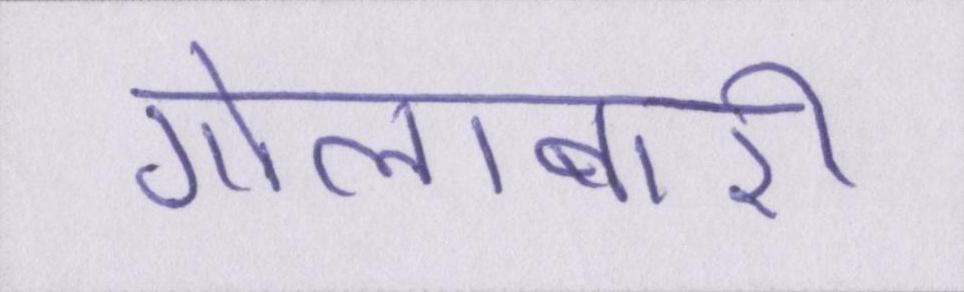
गोलाबारी